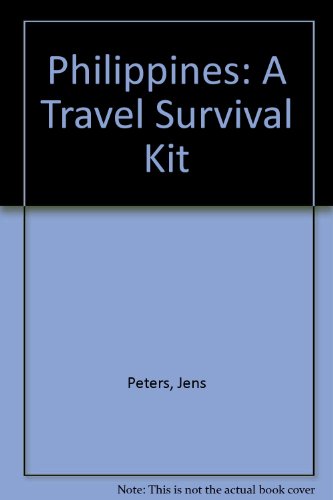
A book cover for The Philippines, a travel survival kit; Travel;